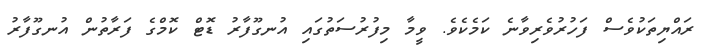
ރައްޔިތަކުވެސް ފަހުރުވެރިވާނެ ކަމެކެވެ. ވީމާ މިފުރުސަތުގައި އުނގޫފާރު ޑޮޓް ކޮމްގެ ފަރާތުން އުނގޫފާރު